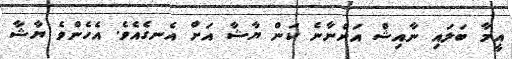
އީމާ ބަލައި ނާއިޝް އަންނާނެ ކަން ޔާޝާ އަށް އެނގެއެވެ. އެހެންވެ ޔާޝާ